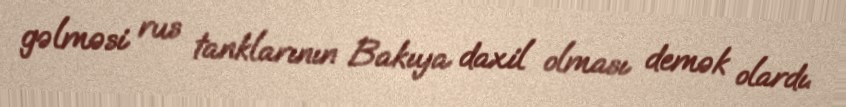
gəlməsi rus tanklarının Bakıya daxil olması demək olardı.